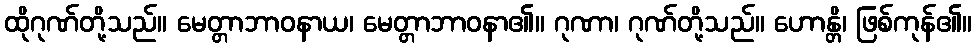
ထိုဂုဏ်တို့သည်။ မေတ္တာဘာဝနာယ၊ မေတ္တာဘာဝနာ၏။ ဂုဏာ၊ ဂုဏ်တို့သည်။ ဟောန္တိ၊ ဖြစ်ကုန်၏။